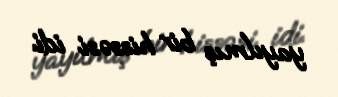
yayılmış bir hissəsi idi.